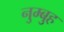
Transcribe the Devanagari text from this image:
नुम्बुह